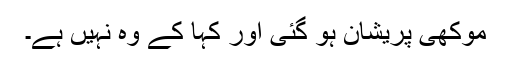
موکھی پریشان ہو گئی اور کہا کے وہ نہیں ہے۔